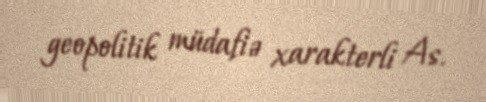
geopolitik müdafiə xarakterli As.